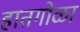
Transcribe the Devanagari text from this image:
हातगोळा